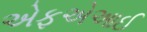
એફએઆઈ